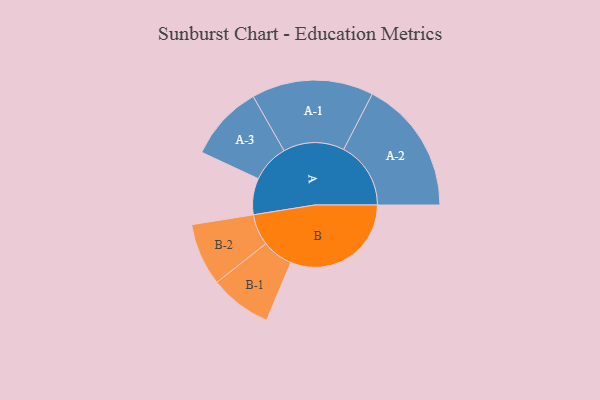
{"axis": {"x": "Segment", "y": "Value"}, "legend": ["", "A", "B"], "data": [{"x": "A", "y": 148, "type": ""}, {"x": "B", "y": 491, "type": ""}, {"x": "A-1", "y": 248, "type": "A"}, {"x": "A-2", "y": 273, "type": "A"}, {"x": "A-3", "y": 154, "type": "A"}, {"x": "B-1", "y": 126, "type": "B"}, {"x": "B-2", "y": 127, "type": "B"}]}